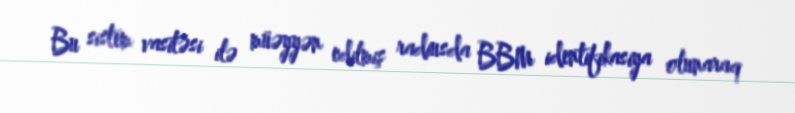
Bu sistem vasitəsi ilə müəyyən edilmiş radiusda BBM identifikasiya olunaraq